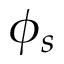
\phi _ { s }